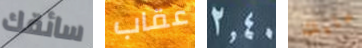
سائقك عقاب 2.40 عليك